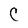
Character: C